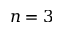
n = 3